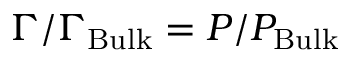
\Gamma / \Gamma _ { \mathrm { B u l k } } = P / P _ { \mathrm { B u l k } }